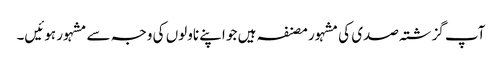
آپ گزشتہ صدی کی مشہور مصنفہ ہیں جو اپنے ناولوں کی وجہ سے مشہور ہوئیں۔